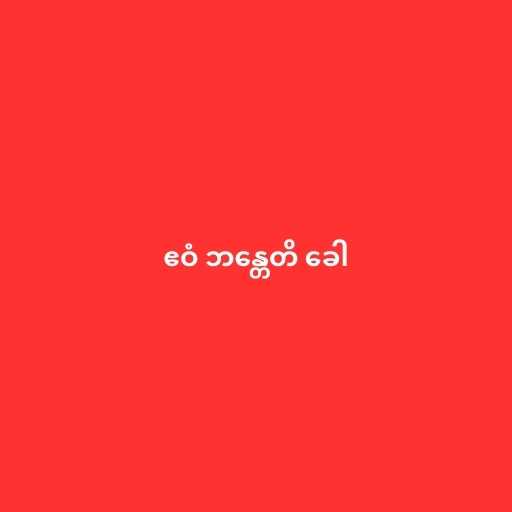
ဧဝံ ဘန္တေတိ ခေါ